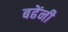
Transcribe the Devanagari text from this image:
बढेंनी